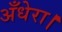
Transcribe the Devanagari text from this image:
अँधेरा।